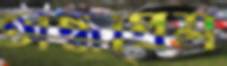
অন্ধপ্রেম